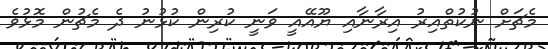
މެޗަށް ނުކުތްއިރު އިރާނާއި ޔޫއޭއީ ވަނީ ކުރިން ކުޅުނު ދެ މެޗުން މޮޅުވެ